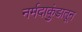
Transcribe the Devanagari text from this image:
नर्मदाकुंडातून